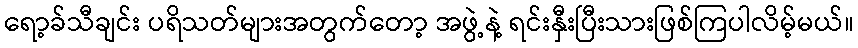
ရော့ခ်သီချင်း ပရိသတ်များအတွက်တော့ အဖွဲ့နဲ့ ရင်းနှီးပြီးသားဖြစ်ကြပါလိမ့်မယ်။